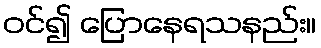
ဝင်၍ ပြောနေရသနည်း။